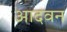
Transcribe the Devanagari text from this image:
आदवन